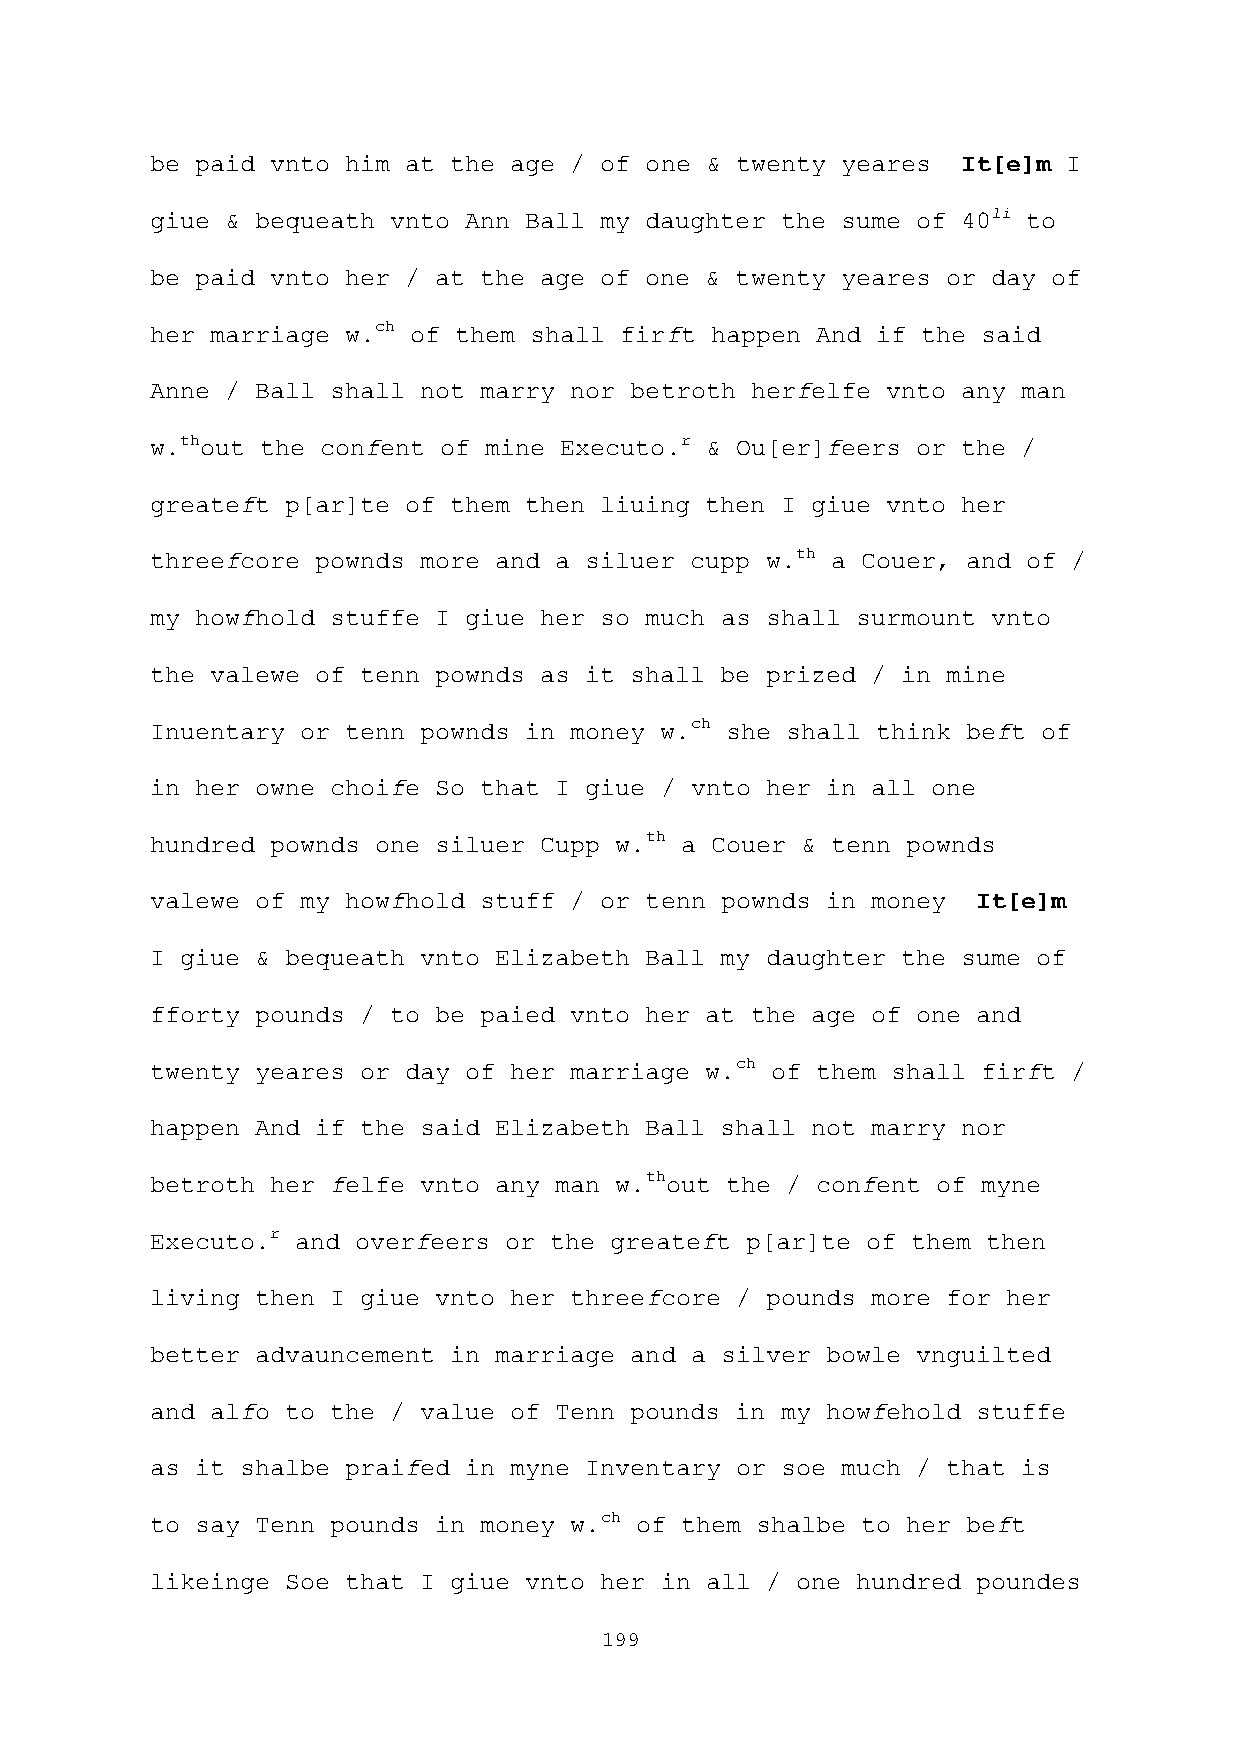
be paid vnto him at the age / of one & twenty yeares  It[e]m I
 giue & bequeath vnto Ann Ball my daughter the sume of 40li to
 be paid vnto her / at the age of one & twenty yeares or day of
 her marriage w.ch of them shall firft happen And if the said
 Anne / Ball shall not marry nor betroth herfelfe vnto any man
 w.thout the confent of mine Executo.r & Ou[er]feers or the /
 greateft p[ar]te of them then liuing then I giue vnto her
 threefcore pownds more and a siluer cupp w.th a Couer, and of /
 my howfhold stuffe I giue her so much as shall surmount vnto
 the valewe of tenn pownds as it shall be prized / in mine
 Inuentary or tenn pownds in money w.ch she shall think beft of
 in her owne choife So that I giue / vnto her in all one
 hundred pownds one siluer Cupp w.th a Couer & tenn pownds
 valewe of my howfhold stuff / or tenn pownds in money  It[e]m
 I giue & bequeath vnto Elizabeth Ball my daughter the sume of
 fforty pounds / to be paied vnto her at the age of one and
 twenty yeares or day of her marriage w.ch of them shall firft /
 happen And if the said Elizabeth Ball shall not marry nor
 betroth her felfe vnto any man w.thout the / confent of myne
 Executo.r and overfeers or the greateft p[ar]te of them then
 living then I giue vnto her threefcore / pounds more for her
 better advauncement in marriage and a silver bowle vnguilted
 and alfo to the / value of Tenn pounds in my howfehold stuffe
 as it shalbe praifed in myne Inventary or soe much / that is
 to say Tenn pounds in money w.ch of them shalbe to her beft
 likeinge Soe that I giue vnto her in all / one hundred poundes
 199